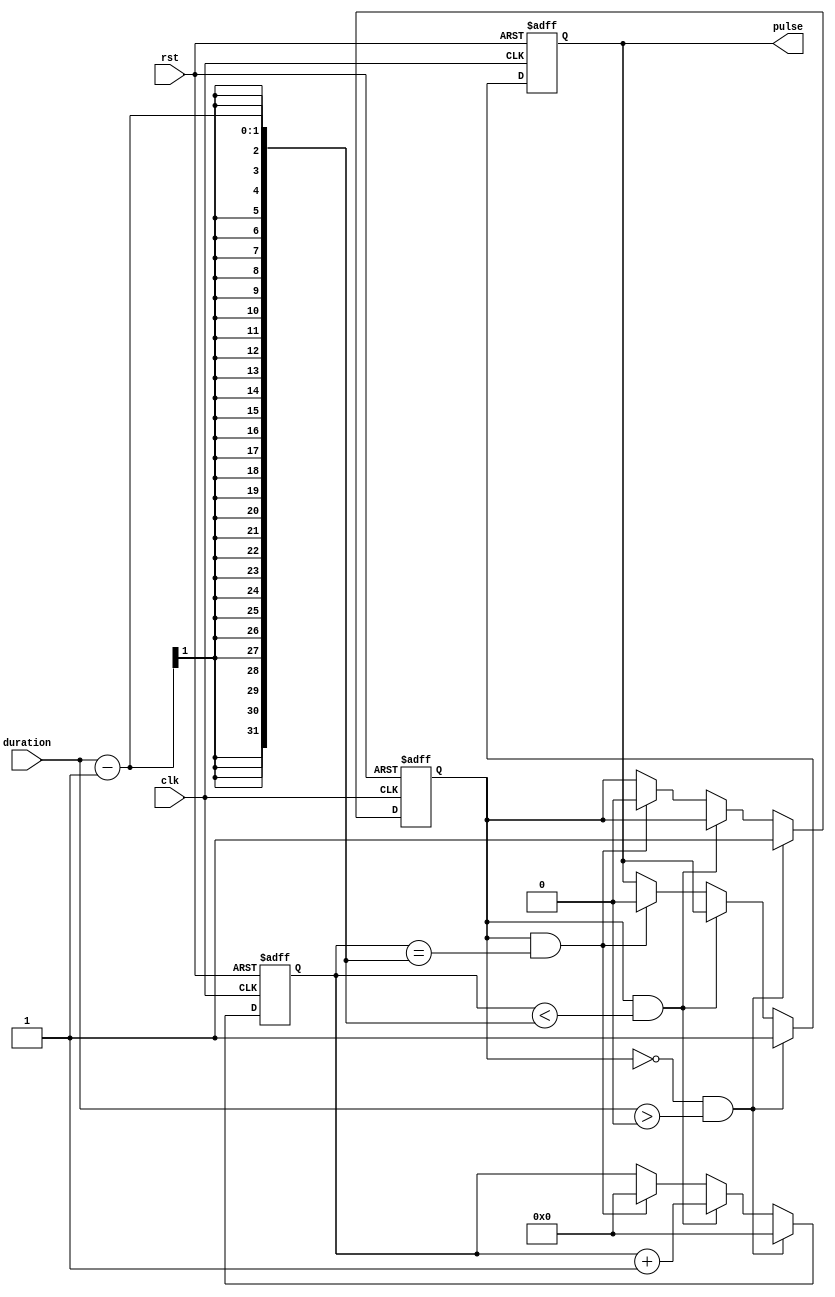
module Asynchronous_Pulse_Generator (
    input wire clk,
    input wire rst,
    input wire duration,
    output reg pulse
);

reg [31:0] count;
reg pulse_started;

always @ (posedge clk or posedge rst) begin
    if (rst) begin
        count <= 0;
        pulse <= 0;
        pulse_started <= 0;
    end else begin
        if (!pulse_started && duration > 0) begin
            pulse_started <= 1;
            count <= 0;
            pulse <= 1;
        end else if (pulse_started && count < duration - 1) begin
            count <= count + 1;
        end else if (pulse_started && count == duration - 1) begin
            pulse_started <= 0;
            count <= 0;
            pulse <= 0;
        end
    end
end

endmodule